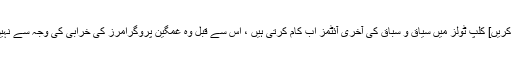
[درست کریں] کلپ ٹولز میں سیاق و سباق کی آخری آئٹمز اب کام کرتی ہیں ، اس سے قبل وہ غمگین پروگرامرز کی خرابی کی وجہ سے نہیں ہوتیں۔